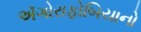
ઍગોરાફોબિયાનો